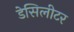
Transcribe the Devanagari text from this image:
डेसिलीटर